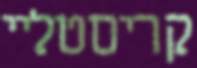
קריסטליי